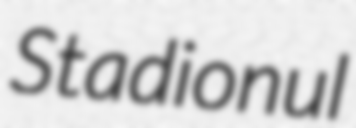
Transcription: Stadionul